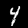
Label: 4